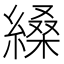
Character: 縔